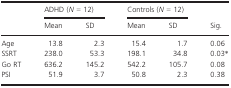
|  | <COLSPAN=2> ADHD (N = 12) | <COLSPAN=2> Controls (N = 12) | <ROWSPAN=3> Sig. |
 |  | Mean | SD | Mean | SD |
 | --- | --- | --- | --- | --- | --- |
 | Age | 13.8 | 2.3 | 15.4 | 1.7 | 0.06 |
 | SSRT | 238.0 | 53.3 | 198.1 | 34.8 | 0.03* |
 | Go RT | 636.2 | 145.2 | 542.2 | 105.7 | 0.08 |
 | PSI | 51.9 | 3.7 | 50.8 | 2.3 | 0.38 |